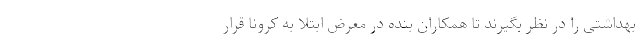
بهداشتی را در نظر بگیرند تا همکاران بنده در معرض ابتلا به کرونا قرار